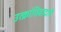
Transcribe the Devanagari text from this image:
उत्क्रांतिवादाचे